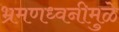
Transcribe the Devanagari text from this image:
भ्रमणध्वनीमुळे